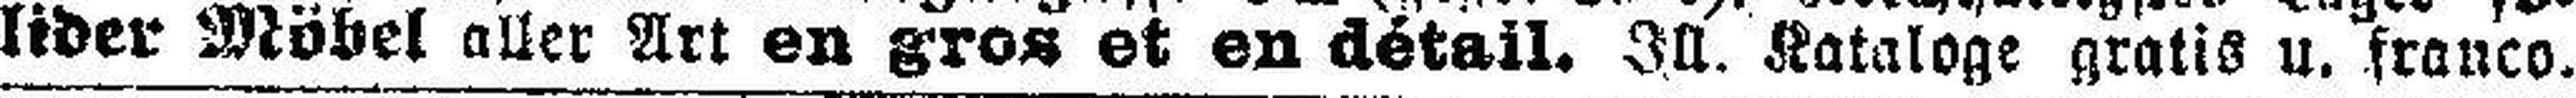
lider Möbel aller Art an gros et en détail. Ill. Kataloge gratis u. franco.